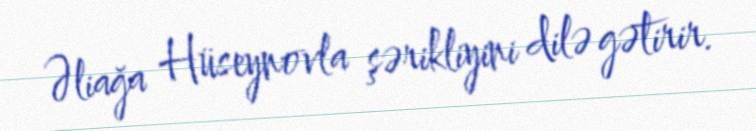
Əliağa Hüseynovla şərikliyini dilə gətirir.